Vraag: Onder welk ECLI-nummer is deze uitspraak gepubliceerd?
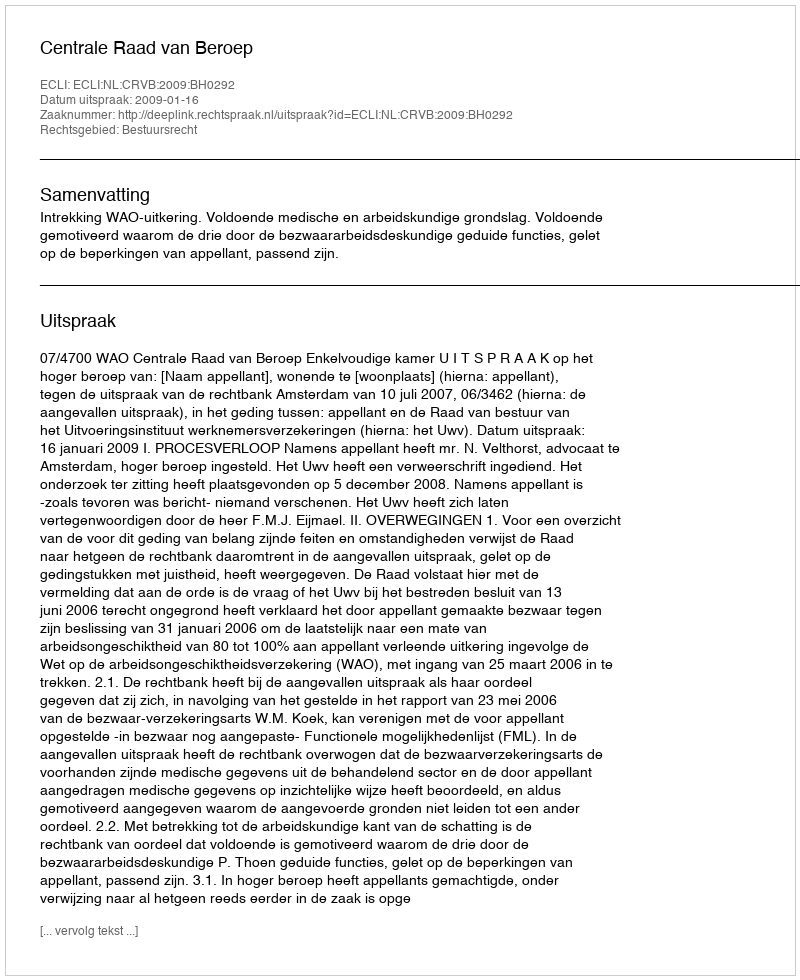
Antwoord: ECLI:NL:CRVB:2009:BH0292